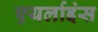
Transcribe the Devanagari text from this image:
एयर्लाइंस